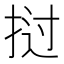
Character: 挝